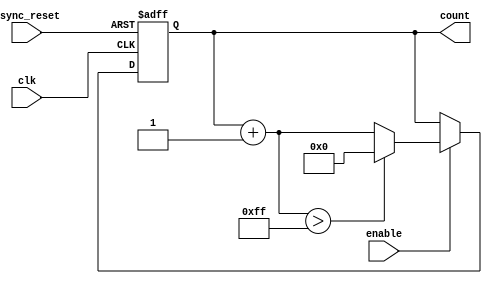
module IncrementalCounter #(
    parameter INITIAL_VALUE = 8'd0,    // Initial value of the counter
    parameter STEP_SIZE = 8'd1,         // Step size for each increment
    parameter MAX_COUNT = 8'd255         // Maximum count limit
)(
    input wire clk,                       // Clock input
    input wire async_reset,               // Asynchronous reset input
    input wire enable,                    // Enable input
    output reg [7:0] count                // Current count value output
);
    
    // Asynchronous reset, set count to INITIAL_VALUE
    always @(posedge clk or posedge async_reset) begin
        if (async_reset) begin
            count <= INITIAL_VALUE;       // Reset to initial value
        end else if (enable) begin
            // Increment the count if enable is high
            if (count + STEP_SIZE > MAX_COUNT) begin
                count <= INITIAL_VALUE;   // Reset to initial value on overflow
            end else begin
                count <= count + STEP_SIZE; // Increment count by step size
            end
        end
    end

endmodule